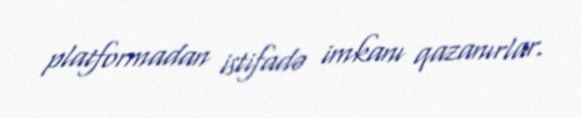
platformadan istifadə imkanı qazanırlar.